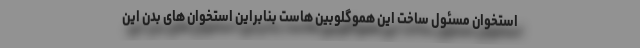
استخوان مسئول ساخت این هموگلوبین هاست بنابراین استخوان های بدن این